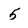
Character: 5